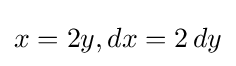
x=2y,dx=2\,dy